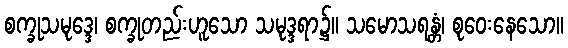
စက္ခုသမုဒ္ဒေ၊ စက္ခုတည်းဟူသော သမုဒ္ဒရာ၌။ သမောသရန္တံ၊ စုဝေးနေသော။